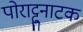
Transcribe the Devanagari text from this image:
पोराट्टुनाटक